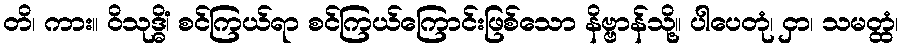
တိ၊ ကား။ ဝိသုဒ္ဓိံ၊ စင်ကြယ်ရာ စင်ကြယ်ကြောင်းဖြစ်သော နိဗ္ဗာန်သို့။ ပါပေတုံ၊ ငှာ၊ သမတ္ထံ၊